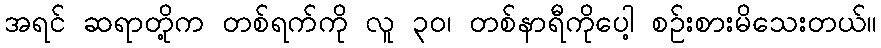
အရင် ဆရာတို့က တစ်ရက်ကို လူ ၃၀၊ တစ်နာရီကိုပေါ့ စဉ်းစားမိသေးတယ်။